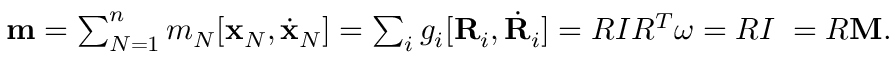
\begin{array} { r } { { \bf m } = \sum _ { N = 1 } ^ { n } m _ { N } [ { \bf x } _ { N } , \dot { \bf x } _ { N } ] = \sum _ { i } g _ { i } [ { \bf R } _ { i } , \dot { \bf R } _ { i } ] = R I R ^ { T } { \boldsymbol \omega } = R I { \bf \Omega } = R { \bf M } . } \end{array}